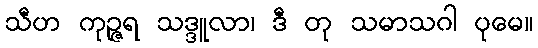
သီဟ ကုဉ္ဇရ သဒ္ဒူလာ၊ ဒီ တု သမာသဂါ ပုမေ။